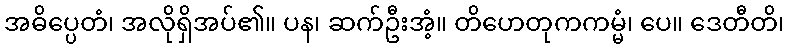
အဓိပ္ပေတံ၊ အလိုရှိအပ်၏။ ပန၊ ဆက်ဦးအံ့။ တိဟေတုကကမ္မံ၊ ပေ။ ဒေတီတိ၊